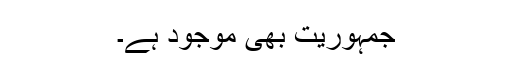
جمہوریت بھی موجود ہے۔